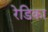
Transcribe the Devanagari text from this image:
रेडिका